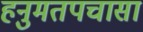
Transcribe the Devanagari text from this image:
हनुमतपचासा